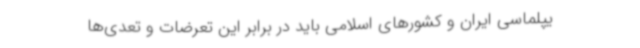
یپلماسی ایران و کشورهای اسلامی باید در برابر این تعرضات و تعدی‌ها